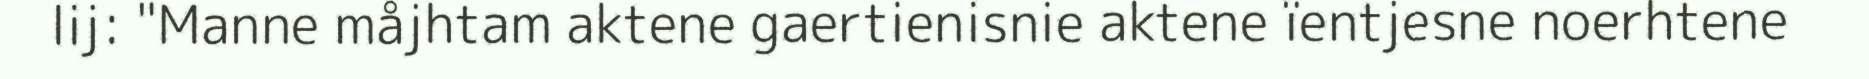
lij: "Manne måjhtam aktene gaertienisnie aktene ïentjesne noerhtene